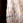
أنت